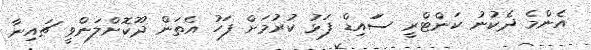
އެންމެ ދެކުނު ކަންޓްރީ ސަައިޑް ފަޅު ކުރުމަށް ފަހު އެތަން ދޫކޮށްލަންވީ ޗައިނާ